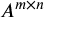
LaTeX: A ^ { m \times n }